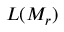
L ( \boldsymbol { M _ { r } } )